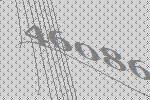
46086